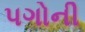
પગોની